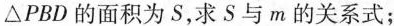
△PBD的面积为S，求S与m的关系式；